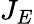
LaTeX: J_{E}